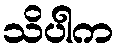
သိပါက